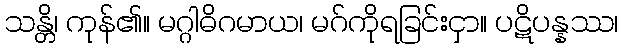
သန္တိ၊ ကုန်၏။ မဂ္ဂါဓိဂမာယ၊ မဂ်ကိုရခြင်းငှာ။ ပဋိပန္နဿ၊